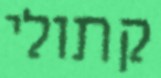
קתולי